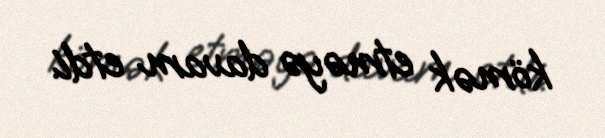
kömək etməyə davam etdi.